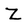
Character: Z